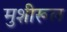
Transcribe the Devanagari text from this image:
मुशीरूल